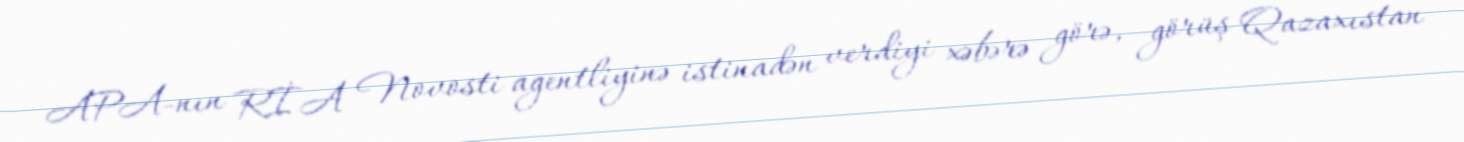
APA-nın RİA Novosti agentliyinə istinadən verdiyi xəbərə görə, görüş Qazaxıstan